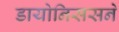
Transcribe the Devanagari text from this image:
डायोनिससने